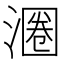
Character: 𬈨